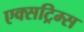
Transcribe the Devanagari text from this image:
एक्सट्रिम्स